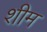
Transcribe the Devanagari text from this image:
शीम